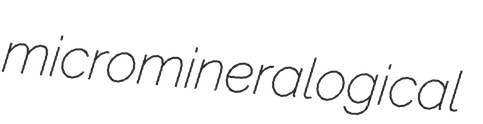
micromineralogical